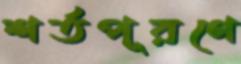
শর্তপূরণে